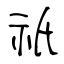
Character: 祇